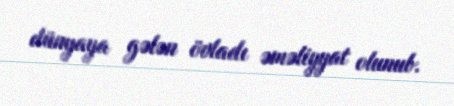
dünyaya gələn övladı əməliyyat olunub.